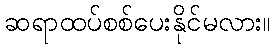
ဆရာထပ်စစ်ပေးနိုင်မလား။